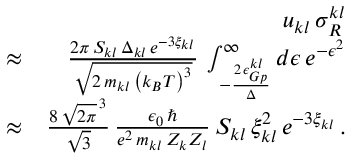
\begin{array} { r l r } & { } & { u _ { k l } \, \sigma _ { R } ^ { k l } } \\ & { \approx } & { \frac { 2 \pi \, S _ { k l } \, \Delta _ { k l } \, e ^ { - 3 \xi _ { k l } } } { \sqrt { 2 \, m _ { k l } \, \left( k _ { B } T \right) ^ { 3 } } } \, \int _ { - \frac { 2 \, \epsilon _ { G p } ^ { k l } } { \Delta } } ^ { \infty } d \epsilon \, e ^ { - \epsilon ^ { 2 } } } \\ & { \approx } & { \frac { 8 \, \sqrt { 2 \pi } ^ { \, 3 } } { \sqrt { 3 } } \, \frac { \epsilon _ { 0 } \, \hbar } { e ^ { 2 } \, m _ { k l } \, Z _ { k } Z _ { l } } \, S _ { k l } \, \xi _ { k l } ^ { 2 } \, e ^ { - 3 \xi _ { k l } } \, . } \end{array}